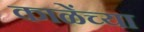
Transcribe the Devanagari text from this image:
काळेंच्या